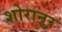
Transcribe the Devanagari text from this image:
शोरानूर